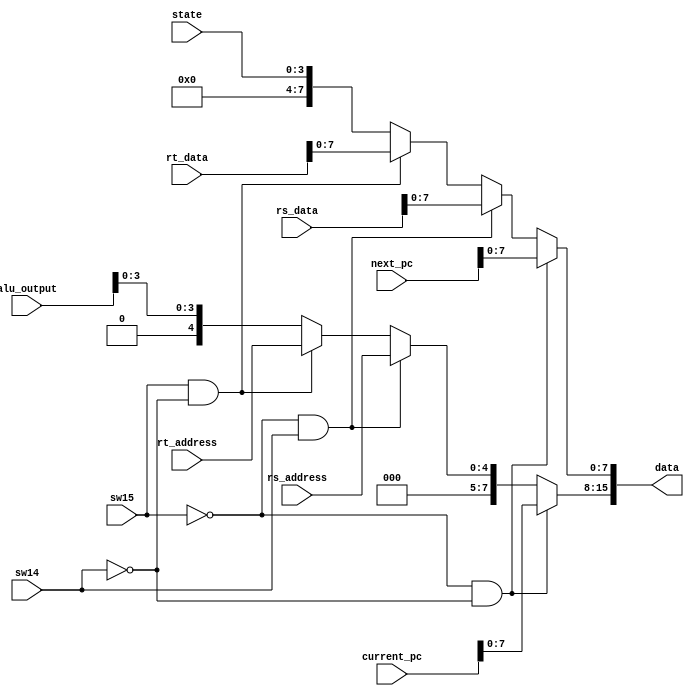
`timescale 1ns / 1ps
//////////////////////////////////////////////////////////////////////////////////
// Company: 
// Engineer: 
// 
// Design Name: 
// Module Name: show
// Project Name: 
// Target Devices: 
// Tool Versions: 
// Description: 
// 
// Dependencies: 
// 
// Revision:
// Revision 0.01 - File Created
// Additional Comments:
// 
//////////////////////////////////////////////////////////////////////////////////


module show(
    input sw15,
    input sw14,
    input [31:0] current_pc,
    input [31:0] next_pc,
    input [4:0] rs_address,
    input [31:0] rs_data,
    input [4:0] rt_address,
    input [31:0] rt_data,
    input [31:0] alu_output,
    input [3:0] state,
    output reg [15:0] data
    );
    
    always @ (sw15, sw14) begin
        if (sw15 == 0 && sw14 == 0) begin
            data[15:8] = current_pc[7:0];
            data[7:0] = next_pc[7:0];
        end
        else if (sw15 == 0 && sw14 == 1) begin
            data[15:8] = {3'b0, rs_address[4:0]};
            data[7:0] = rs_data[7:0];
        end
        else if (sw15 == 1 && sw14 == 0) begin
            data[15:8] = {3'b0, rt_address[4:0]};
            data[7:0] = rt_data[7:0];
        end
        else begin
            data[15:8] = {4'b0, alu_output[3:0]};
            data[7:0] = {4'b0, state[3:0]};
        end
    end
endmodule